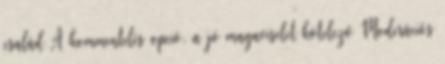
család A kommentelés opció, a jó magaviselet kötelező Moderációs